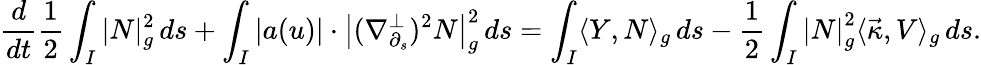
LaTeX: \frac{d}{dt}\frac{1}{2}\int_{I}|N|_{g}^{2}\, ds+\int_{I}|a(u)|\cdot\big|(\nabla_{\partial_{s}}^{\perp})^{2}N\big|_{g}^{2}\, ds=\int_{I}\langle Y,N\rangle_{g}\, ds-\frac{1}{2}\int_{I}\left|N\right|_{g}^{2}\langle\vec{\kappa},V\rangle_{g}\, ds.